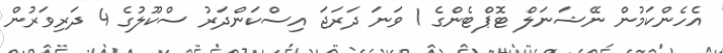
އެހެންކަމުން ނޭޝަނަލް ޓޮޕްޓެންގެ 1 ވަނަ ދަރަޖަ އިސްކަންދަރު ސްކޫލުގެ 4 ދަރިވަރުން